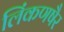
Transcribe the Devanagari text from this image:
लिंकणषैर